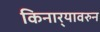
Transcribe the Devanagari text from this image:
किनार्‍यावरुन